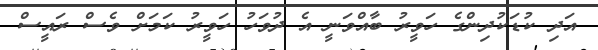
އަދި ކުޑަކުދިންގެ ހަވީރު ބާއްވަނީ އެ ދުވަހު ހަވީރު ކަމަށް ވެސް ރައީސް